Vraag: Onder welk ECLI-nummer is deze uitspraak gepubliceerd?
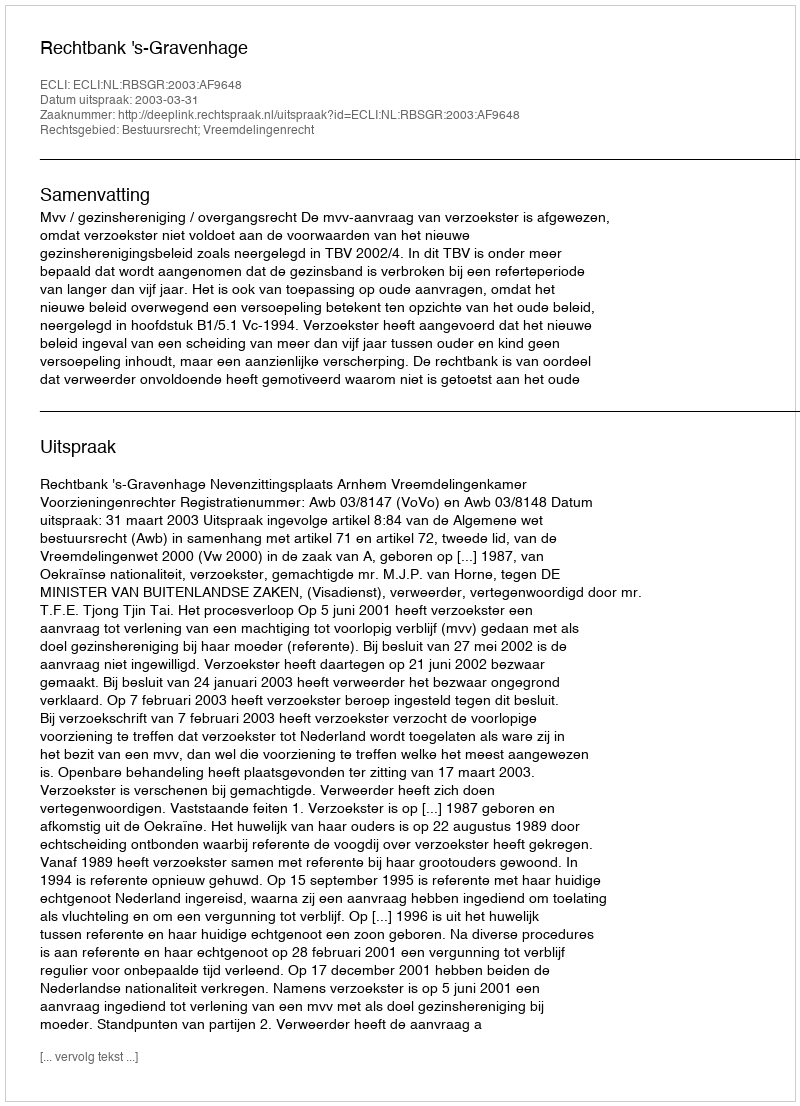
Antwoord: ECLI:NL:RBSGR:2003:AF9648